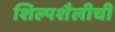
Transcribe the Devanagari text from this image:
शिल्पशैलीची